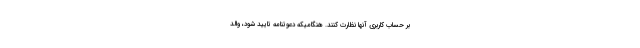
بر حساب کاربری آنها نظارت کنند. هنگامیکه دعوتنامه تایید شود، والد